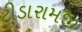
ટીડારામજી